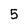
Character: 5